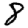
Digit: 8